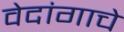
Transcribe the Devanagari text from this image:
वेदांगाचे